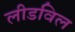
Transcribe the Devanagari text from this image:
लीडविल